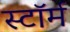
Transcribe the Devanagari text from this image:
स्टाॅर्म